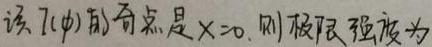
该 \(f(z)\) 的奇点是 \(z = 0\), 则极限强度为